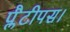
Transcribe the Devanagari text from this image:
प्लैटीपस।